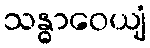
သန္ဓာဝေယျံ